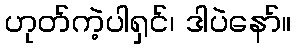
ဟုတ်ကဲ့ပါရှင်၊ ဒါပဲနော်။